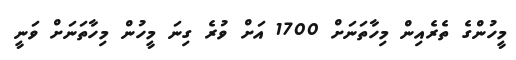
މީހުންގެ ތެރެއިން މިހާތަނަށް 1700 އަށް ވުރެ ގިނަ މީހުން މިހާތަނަށް ވަނީ